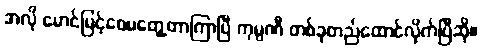
အလို မောင်မြင့်ဝေမတွေ့တာကြာပြီ ကုမ္ပဏီ တစ်ခုတည်ထောင်လိုက်ပြီဆို။